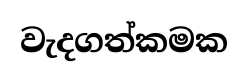
වැදගත්කමක